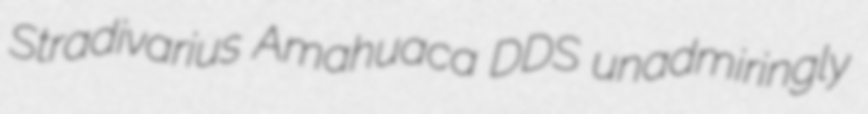
Stradivarius Amahuaca DDS unadmiringly